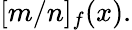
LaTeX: [m/n]_{f}(x).